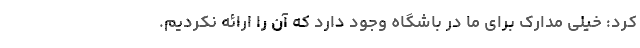
کرد: خیلی مدارک برای ما در باشگاه وجود دارد که آن را ارائه نکردیم.